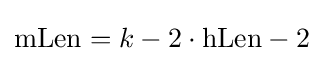
\mathrm {mLen} =k-2\cdot \mathrm {hLen} -2